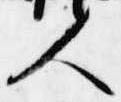
人